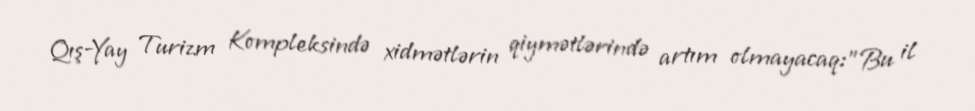
Qış-Yay Turizm Kompleksində xidmətlərin qiymətlərində artım olmayacaq:"Bu il